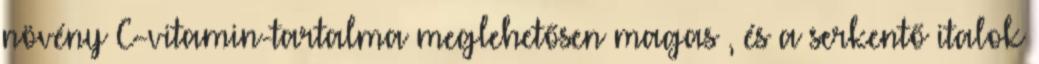
növény C-vitamin-tartalma meglehetősen magas , és a serkentő italok